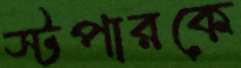
স্টপারকে